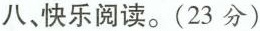
八、快乐阅读。(23分)